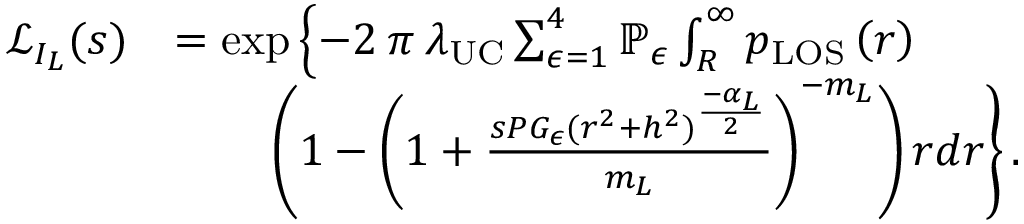
\begin{array} { r l } { \mathcal { L } _ { I _ { L } } ( s ) } & { = \exp \left\{ - 2 \: \pi \: \lambda _ { \mathrm { U C } } \sum _ { \epsilon = 1 } ^ { 4 } \mathbb { P } _ { \epsilon } \int _ { R } ^ { \infty } p _ { \mathrm { { L O S } } } \left( r \right) \right. } \\ & { \qquad \left. \left( 1 - \left( 1 + \frac { s P G _ { \epsilon } ( r ^ { 2 } + h ^ { 2 } ) ^ { \frac { - \alpha _ { L } } { 2 } } } { m _ { L } } \right) ^ { - m _ { L } } \right) r d r \right\} . } \end{array}